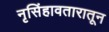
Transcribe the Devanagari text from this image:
नृसिंहावतारातून